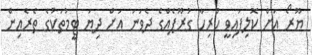
ޔޫރޯ އަށް ކޮލިފައިވީ ހުރިހާ ގުރޫޕެއްގެ ދެވަނަ އަށް ދިޔަ ޓީމުތަކުގެ ތެރެއިން